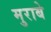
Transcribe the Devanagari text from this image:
मुराबे